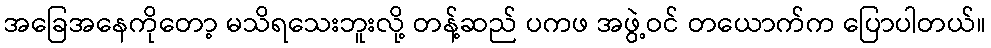
အခြေအနေကိုတော့ မသိရသေးဘူးလို့ တန့်ဆည် ပကဖ အဖွဲ့ဝင် တယောက်က ပြောပါတယ်။